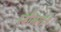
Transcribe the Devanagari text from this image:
रबौलमध्ये